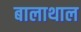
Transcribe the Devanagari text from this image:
बालाथाल